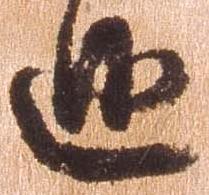
巡